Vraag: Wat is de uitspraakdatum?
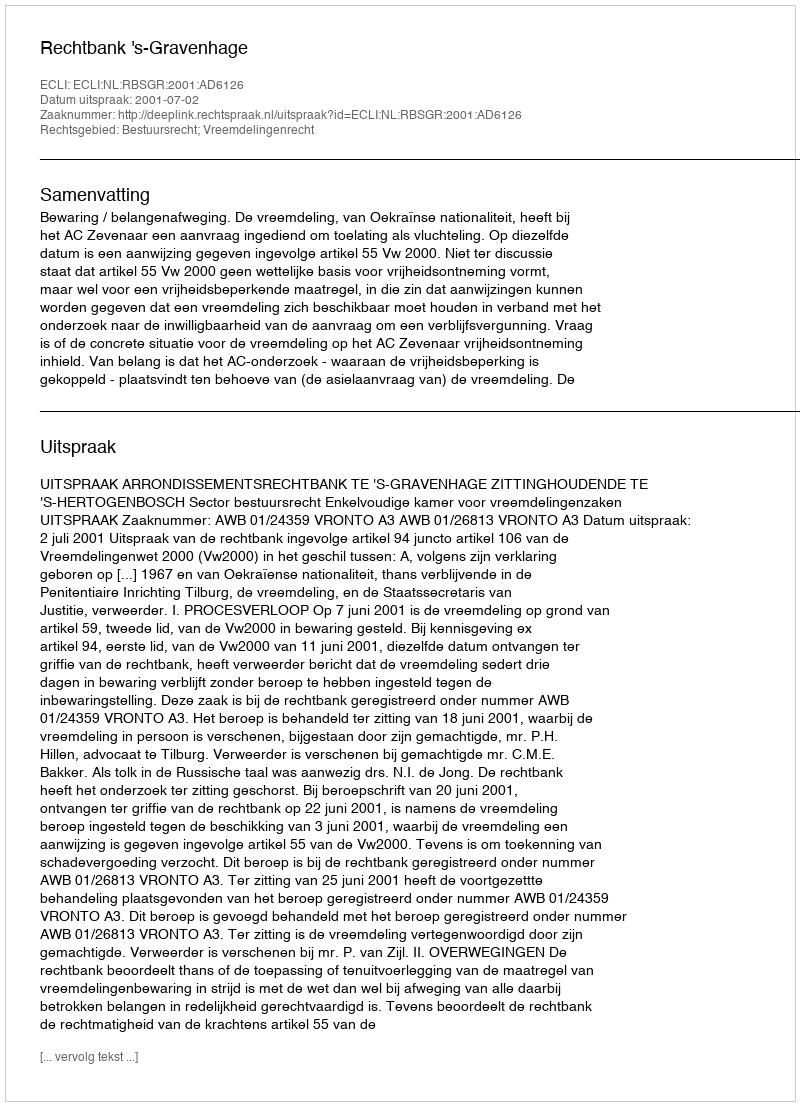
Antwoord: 2001-07-02